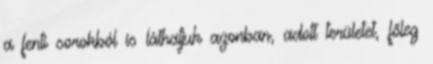
a fenti sorokból is láthatjuk azonban, adott területet, főleg